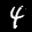
Digit: 4